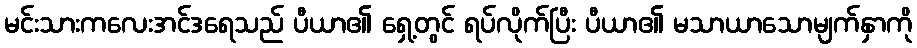
မင်းသားကလေးအင်ဒရေသည် ပီယာ၏ ရှေ့တွင် ရပ်လိုက်ပြီး ပီယာ၏ မသာယာသောမျက်နှာကို